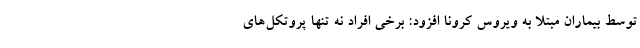
توسط بیماران مبتلا به ویروس کرونا افزود: برخی افراد نه تنها پروتکل‌های